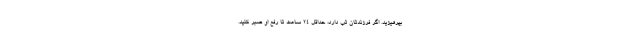
بپرهیزید. اگر فرزندتان تب دارد، حداقل ۲۴ ساعت تا رفع او صبر کنید.